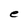
Character: e